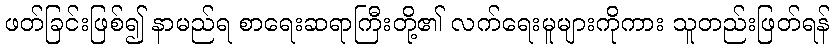
ဖတ်ခြင်းဖြစ်၍ နာမည်ရ စာရေးဆရာကြီးတို့၏ လက်ရေးမူများကိုကား သူတည်းဖြတ်ရန်